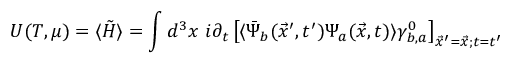
U ( T , \mu ) = \langle \tilde { H } \rangle = \int d ^ { 3 } x ~ i \partial _ { t } \left[ \langle \bar { \Psi } _ { b } ( \vec { x } ^ { \prime } , t ^ { \prime } ) \Psi _ { a } ( \vec { x } , t ) \rangle \gamma _ { b , a } ^ { 0 } \right] _ { \vec { x } ^ { \prime } = \vec { x } ; t = t ^ { \prime } }